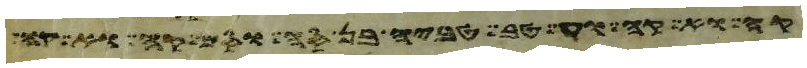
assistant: הוא היה אבי ישב אהל ומקנה ושם אחיו